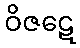
ဝိဇဋေ